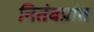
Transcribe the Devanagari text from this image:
नितंबप्रांत